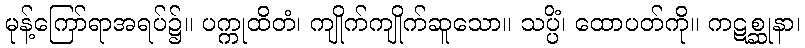
မုန့်ကြော်ရာအရပ်၌။ ပက္ကုထိတံ၊ ကျိုက်ကျိုက်ဆူသော။ သပ္ပိံ၊ ထောပတ်ကို။ ကဋစ္ဆုနာ၊